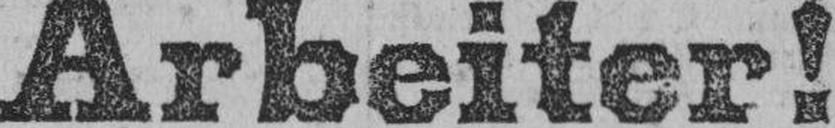
Arbeiter!